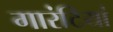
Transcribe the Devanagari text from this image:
गारंटियां